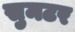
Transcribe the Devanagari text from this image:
सुमटर